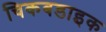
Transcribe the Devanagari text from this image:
चिकबडाइक